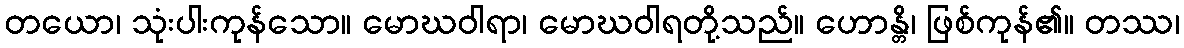
တယော၊ သုံးပါးကုန်သော။ မောဃဝါရာ၊ မောဃဝါရတို့သည်။ ဟောန္တိ၊ ဖြစ်ကုန်၏။ တဿ၊